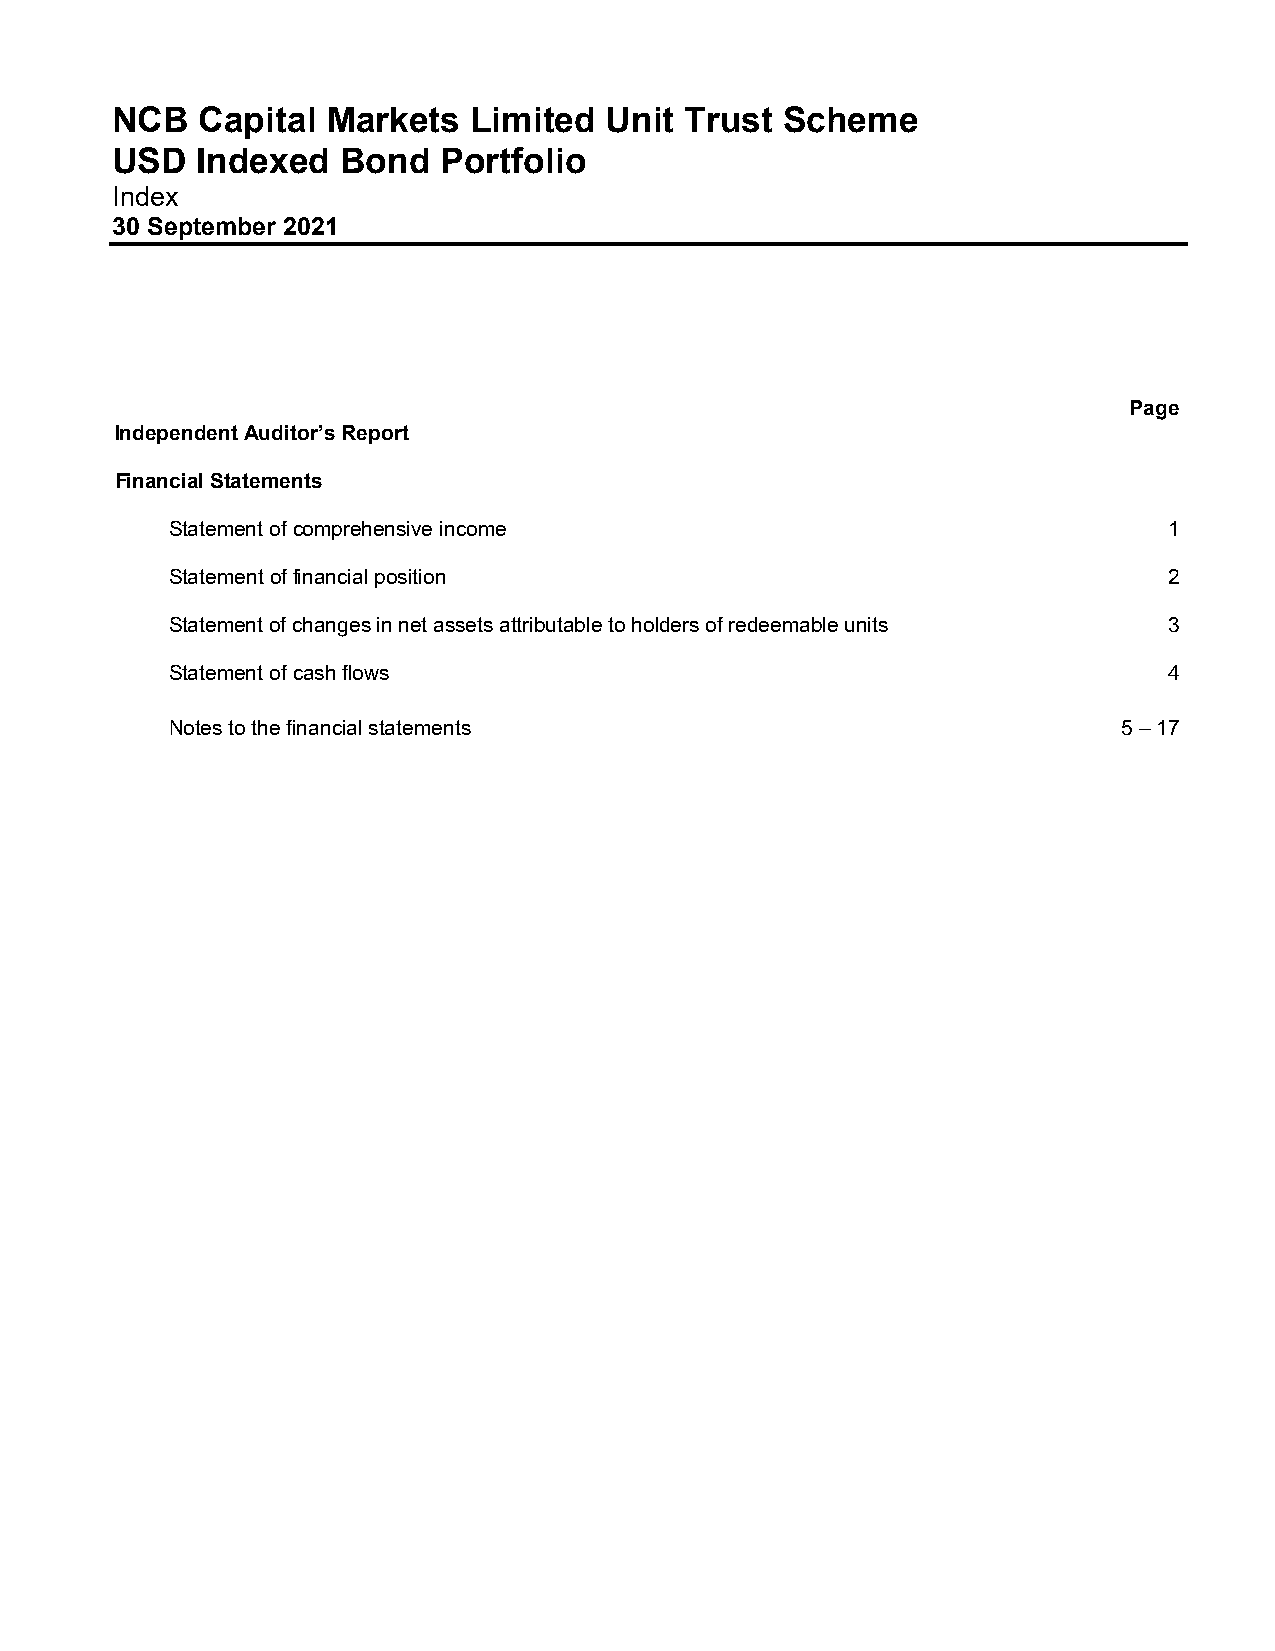
NCB   Capital  Markets  Limited  Unit Trust  Scheme
 USD   Indexed   Bond  Portfolio
 Index
 30 September 2021
 Page
 Independent Auditor’s Report
 Financial Statements
 Statement of comprehensive income                                 1
 Statement of financial position                                   2
 Statement of changes in net assets attributable to holders of redeemable units 3
 Statement of cash flows                                           4
 Notes to the financial statements                              5 – 17